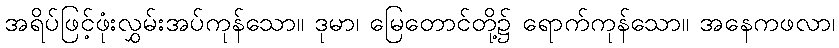
အရိပ်ဖြင့်ဖုံးလွှမ်းအပ်ကုန်သော။ ဒုမာ၊ မြေတောင်တို့၌ ရောက်ကုန်သော။ အနေကဖလာ၊